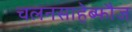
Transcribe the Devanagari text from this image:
चलनसाहेब्फौज